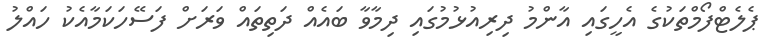
ޕެލެޓްފޯމްތަކުގެ އެހީގައި އާންމު ދިރިއުޅުމުގައި ދިމާވާ ބައެއް ދަތިތައް ވަރަށް ފަސޭހަކަމާއެކު ހައްލު